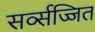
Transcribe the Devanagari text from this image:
सर्व्सज्जित